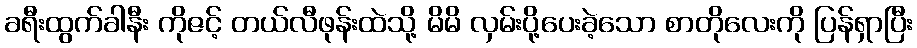
ခရီးထွက်ခါနီး ကိုဇင့် တယ်လီဖုန်းထဲသို့ မိမိ လှမ်းပို့ပေးခဲ့သော စာတိုလေးကို ပြန်ရှာပြီး